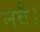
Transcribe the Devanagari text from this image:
नवै।